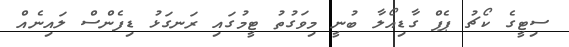
ސިޓީގެ ކޯޗު ޕެޕް ގާޑިއޯލާ ބުނީ މިވަގުތު ޓީމުގައި ރަނގަޅު ޑިފެންސް ލައިނެއް